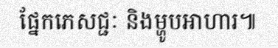
ផ្នែកភេសជ្ជៈ និងម្ហូបអាហារ៕